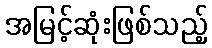
အမြင့်ဆုံးဖြစ်သည့်